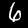
Digit: 6